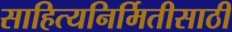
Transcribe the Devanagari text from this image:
साहित्यनिर्मितीसाठी